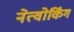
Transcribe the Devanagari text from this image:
नेत्वोर्किंग